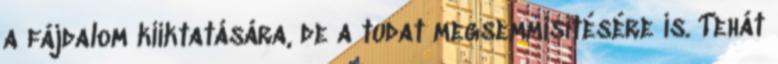
a fájdalom kiiktatására, de a tudat megsemmisítésére is. Tehát